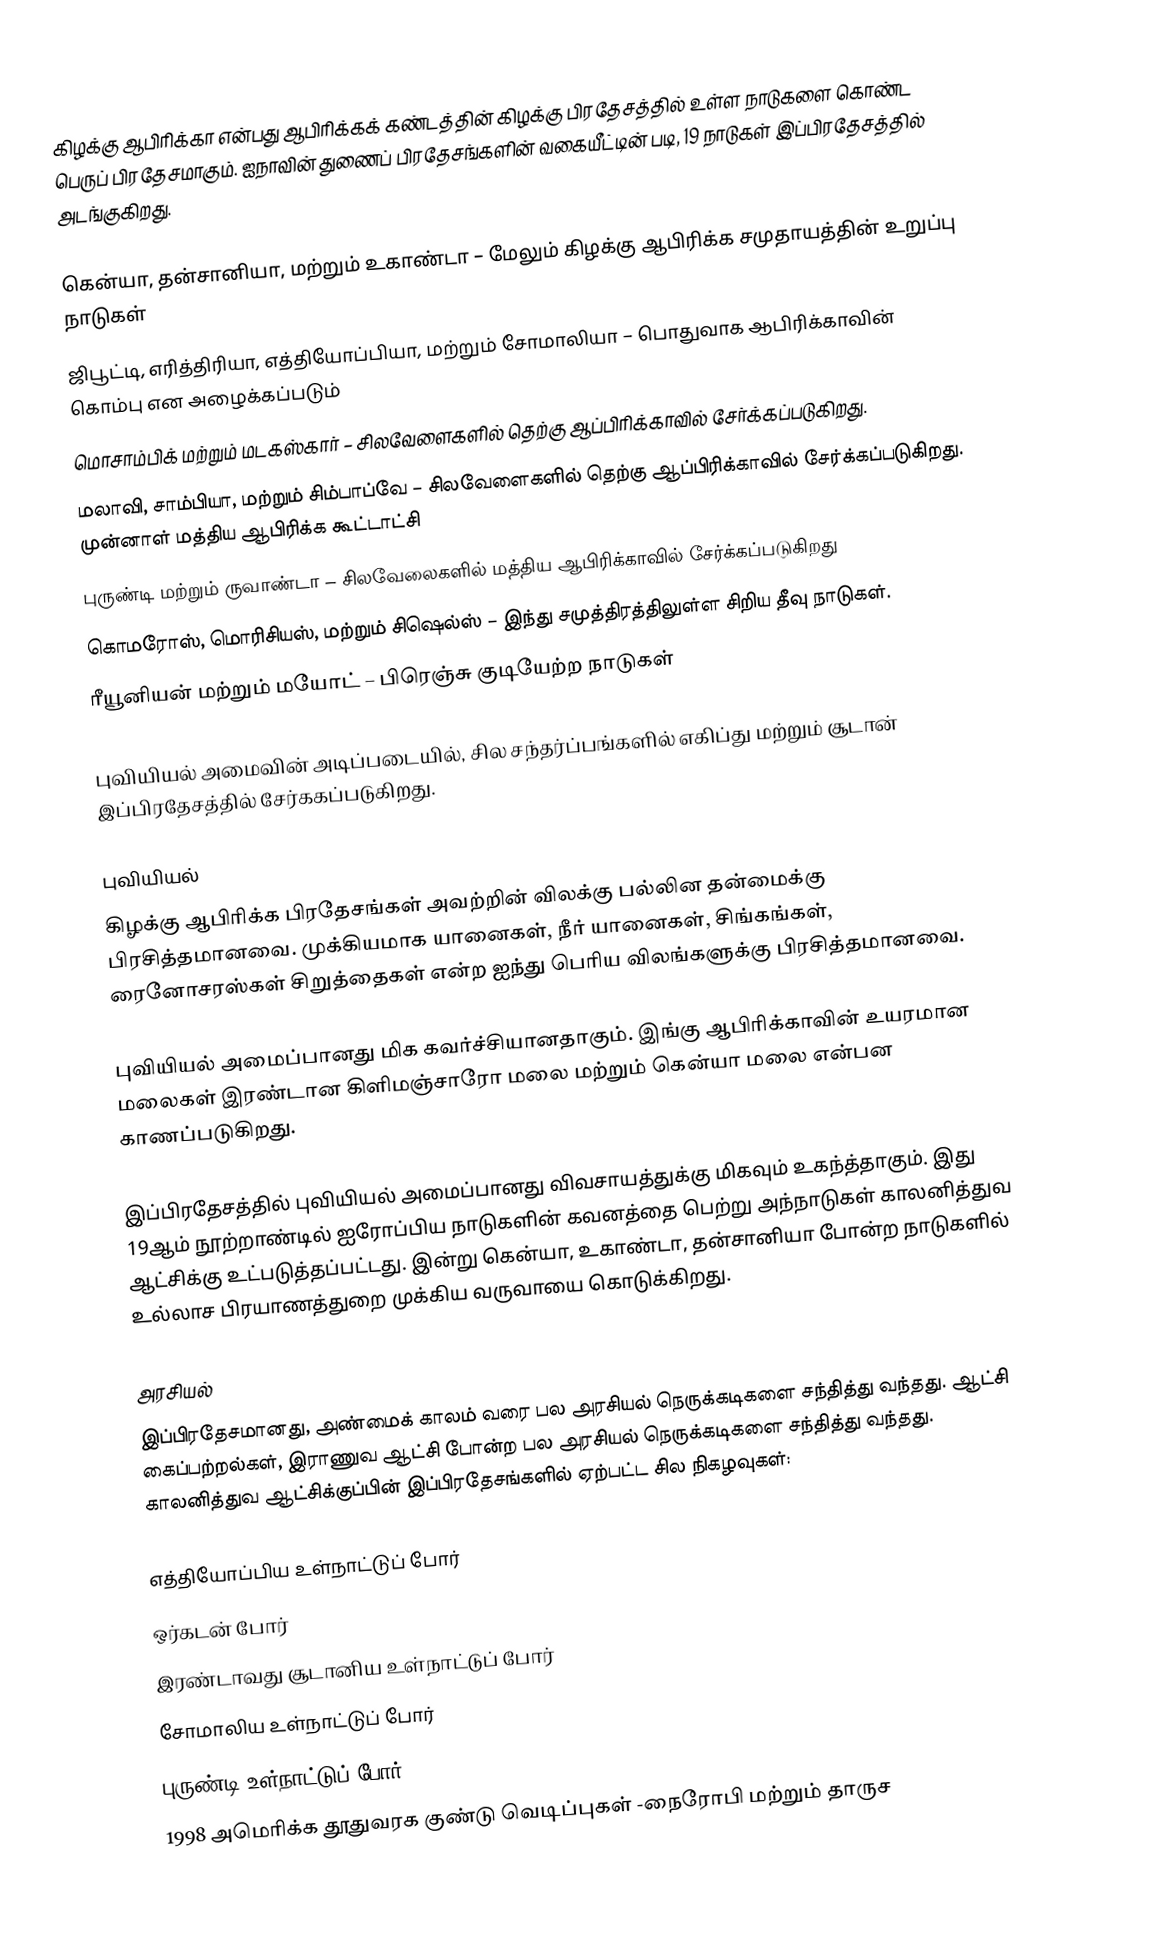
கிழக்கு ஆபிரிக்கா என்பது ஆபிரிக்கக் கண்டத்தின் கிழக்கு பிரதேசத்தில் உள்ள நாடுகளை கொண்ட பெருப் பிரதேசமாகும். ஐநாவின் துணைப் பிரதேசங்களின் வகையீட்டின் படி, 19 நாடுகள் இப்பிரதேசத்தில் அடங்குகிறது.

 கென்யா, தன்சானியா, மற்றும் உகாண்டா – மேலும் கிழக்கு ஆபிரிக்க சமுதாயத்தின் உறுப்பு நாடுகள்
 ஜிபூட்டி, எரித்திரியா, எத்தியோப்பியா, மற்றும் சோமாலியா – பொதுவாக ஆபிரிக்காவின் கொம்பு என அழைக்கப்படும்
 மொசாம்பிக் மற்றும் மடகஸ்கார் – சிலவேளைகளில் தெற்கு ஆப்பிரிக்காவில் சேர்க்கப்படுகிறது.
 மலாவி, சாம்பியா, மற்றும் சிம்பாப்வே – சிலவேளைகளில் தெற்கு ஆப்பிரிக்காவில் சேர்க்கப்படுகிறது. முன்னாள் மத்திய ஆபிரிக்க கூட்டாட்சி
 புருண்டி மற்றும் ருவாண்டா – சிலவேலைகளில் மத்திய ஆபிரிக்காவில் சேர்க்கப்படுகிறது
 கொமரோஸ், மொரிசியஸ், மற்றும் சிஷெல்ஸ் – இந்து சமுத்திரத்திலுள்ள சிறிய தீவு நாடுகள்.
 ரீயூனியன் மற்றும் மயோட் – பிரெஞ்சு குடியேற்ற நாடுகள்

புவியியல் அமைவின் அடிப்படையில், சில சந்தர்ப்பங்களில் எகிப்து மற்றும் சூடான் இப்பிரதேசத்தில் சேர்ககப்படுகிறது.

புவியியல்
கிழக்கு ஆபிரிக்க பிரதேசங்கள் அவற்றின் விலக்கு பல்லின தன்மைக்கு பிரசித்தமானவை. முக்கியமாக யானைகள், நீர் யானைகள், சிங்கங்கள், ரைனோசரஸ்கள் சிறுத்தைகள் என்ற ஐந்து பெரிய விலங்களுக்கு பிரசித்தமானவை.

புவியியல் அமைப்பானது மிக கவர்ச்சியானதாகும். இங்கு ஆபிரிக்காவின் உயரமான மலைகள் இரண்டான கிளிமஞ்சாரோ மலை மற்றும் கென்யா மலை என்பன காணப்படுகிறது.

இப்பிரதேசத்தில் புவியியல் அமைப்பானது விவசாயத்துக்கு மிகவும் உகந்த்தாகும். இது 19ஆம் நூற்றாண்டில் ஐரோப்பிய நாடுகளின் கவனத்தை பெற்று அந்நாடுகள் காலனித்துவ ஆட்சிக்கு உட்படுத்தப்பட்டது. இன்று கென்யா, உகாண்டா, தன்சானியா போன்ற நாடுகளில் உல்லாச பிரயாணத்துறை முக்கிய வருவாயை கொடுக்கிறது.

அரசியல்
இப்பிரதேசமானது, அண்மைக் காலம் வரை பல அரசியல் நெருக்கடிகளை சந்தித்து வந்தது. ஆட்சி கைப்பற்றல்கள், இராணுவ ஆட்சி போன்ற பல அரசியல் நெருக்கடிகளை சந்தித்து வந்தது. காலனித்துவ ஆட்சிக்குப்பின் இப்பிரதேசங்களில் ஏற்பட்ட சில நிகழவுகள்:

 எத்தியோப்பிய உள்நாட்டுப் போர்
 ஒர்கடன் போர்
 இரண்டாவது சூடானிய உள்நாட்டுப் போர்
 சோமாலிய உள்நாட்டுப் போர்
 புருண்டி உள்நாட்டுப் போர்
 1998 அமெரிக்க தூதுவரக குண்டு வெடிப்புகள் -நைரோபி மற்றும் தாருச